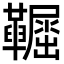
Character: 𩍞